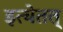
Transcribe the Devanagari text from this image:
इत्येतत्